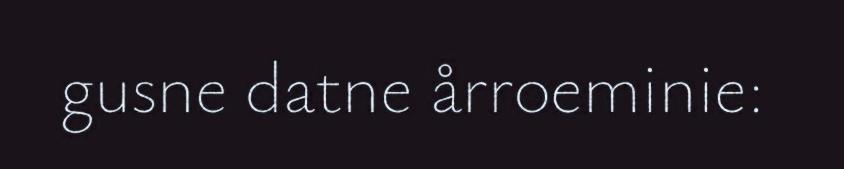
gusne datne årroeminie: